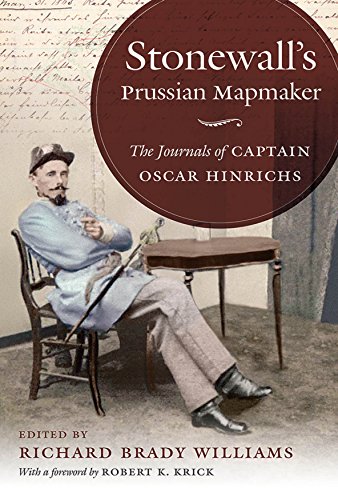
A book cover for Stonewall's Prussian Mapmaker: The Journals of Captain Oscar Hinrichs (Civil War America); Science & Math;